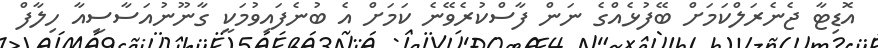
އޮޑިޓާ ޖެނެރަލްކަމަށް ބޭފުޅެއްގެ ނަން ފާސްކުރެވޭނެ ކަމަށް އެ ބުނެފައިވުމަކީ ގާނޫނުއަސާސީއާ ހިލާފް